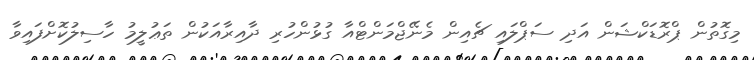
މިގޮތުން ޕްރޮޑަކްޝަން އަދި ސަޕްލައި ޗެއިން މެނޭޖްމަންޓްއާ ގުޅުންހުރި ދާއިރާއަކުން ތަޢުލީމު ހާސިލުކޮށްފައިވާ